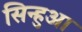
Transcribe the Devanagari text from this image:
सिन्हुआ